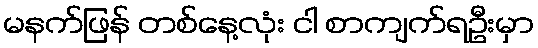
မနက်ဖြန် တစ်နေ့လုံး ငါ စာကျက်ရဦးမှာ